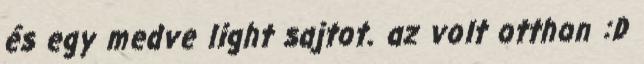
és egy medve light sajtot. az volt otthon :D